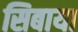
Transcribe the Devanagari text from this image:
सिबाया